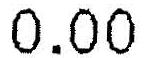
0.00